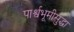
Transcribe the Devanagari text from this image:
पार्श्वभूमीसुद्धा